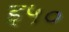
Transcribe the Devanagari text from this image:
इ५०